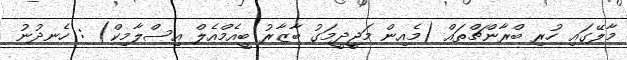
މާލޭގައި ހުރި ބްރާންޗްތައް (މެއިން މަޖީދީމަގު ބާޒާރު ބީއެމްއެލް އިސްލާމިކް) : ހެނދުނު